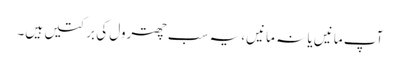
آپ مانیں یا نہ مانیں، یہ سب چھترول کی برکتیں ہیں۔